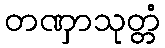
တဏှာသုတ္တံ